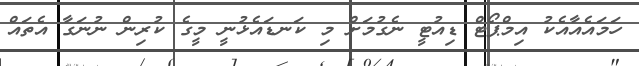
ހަމައެއާއެކު އިމްޕޯޓް ޑިއުޓީ ނެގުމަށް މި ކަނޑައެޅުނީ މީގެ ކުރިން ނުނަގާ އެތައް